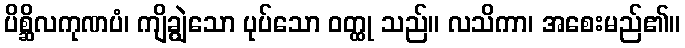
ပိစ္ဆိလကုဏပံ၊ ကျိချွဲသော ပုပ်သော ဝတ္ထု သည်။ လသိကာ၊ အစေးမည်၏။